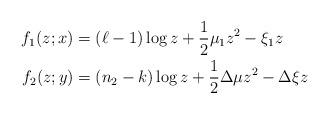
LaTeX: \begin{align*}f_1(z;x)&=(\ell-1)\log z+\frac 12\mu_1z^2- \xi_1 z\\f_2(z;y)&=(n_2-k)\log z+\frac 12\Delta\mu z^2- \Delta\xi z\end{align*}